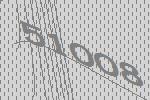
51008